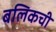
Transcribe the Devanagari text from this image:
बलिकची